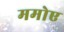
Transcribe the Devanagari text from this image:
ममोए